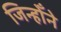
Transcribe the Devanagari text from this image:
जिन्होँने